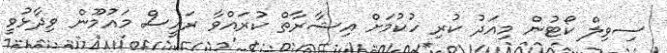
ސިވިލް ކޯޓުން މިއަދު ކުރި ހުކުމަށް އިޝާރާތް ކުރައްވާ ރައީސް މައުމޫން ވިދާޅުވީ